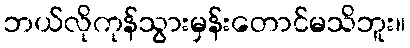
ဘယ်လိုကုန်သွားမှန်းတောင်မသိဘူး။